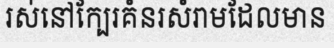
រស់នៅក្បែរគំនរសំរាមដែលមាន